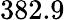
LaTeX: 382.9